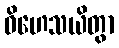
ဝိဟေသယိတွာ